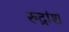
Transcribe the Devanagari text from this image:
रुद्रांश